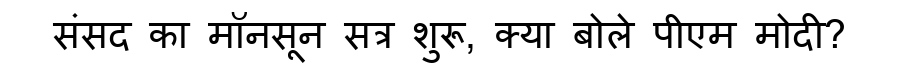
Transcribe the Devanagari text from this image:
संसद का मॉनसून सत्र शुरू, क्या बोले पीएम मोदी?